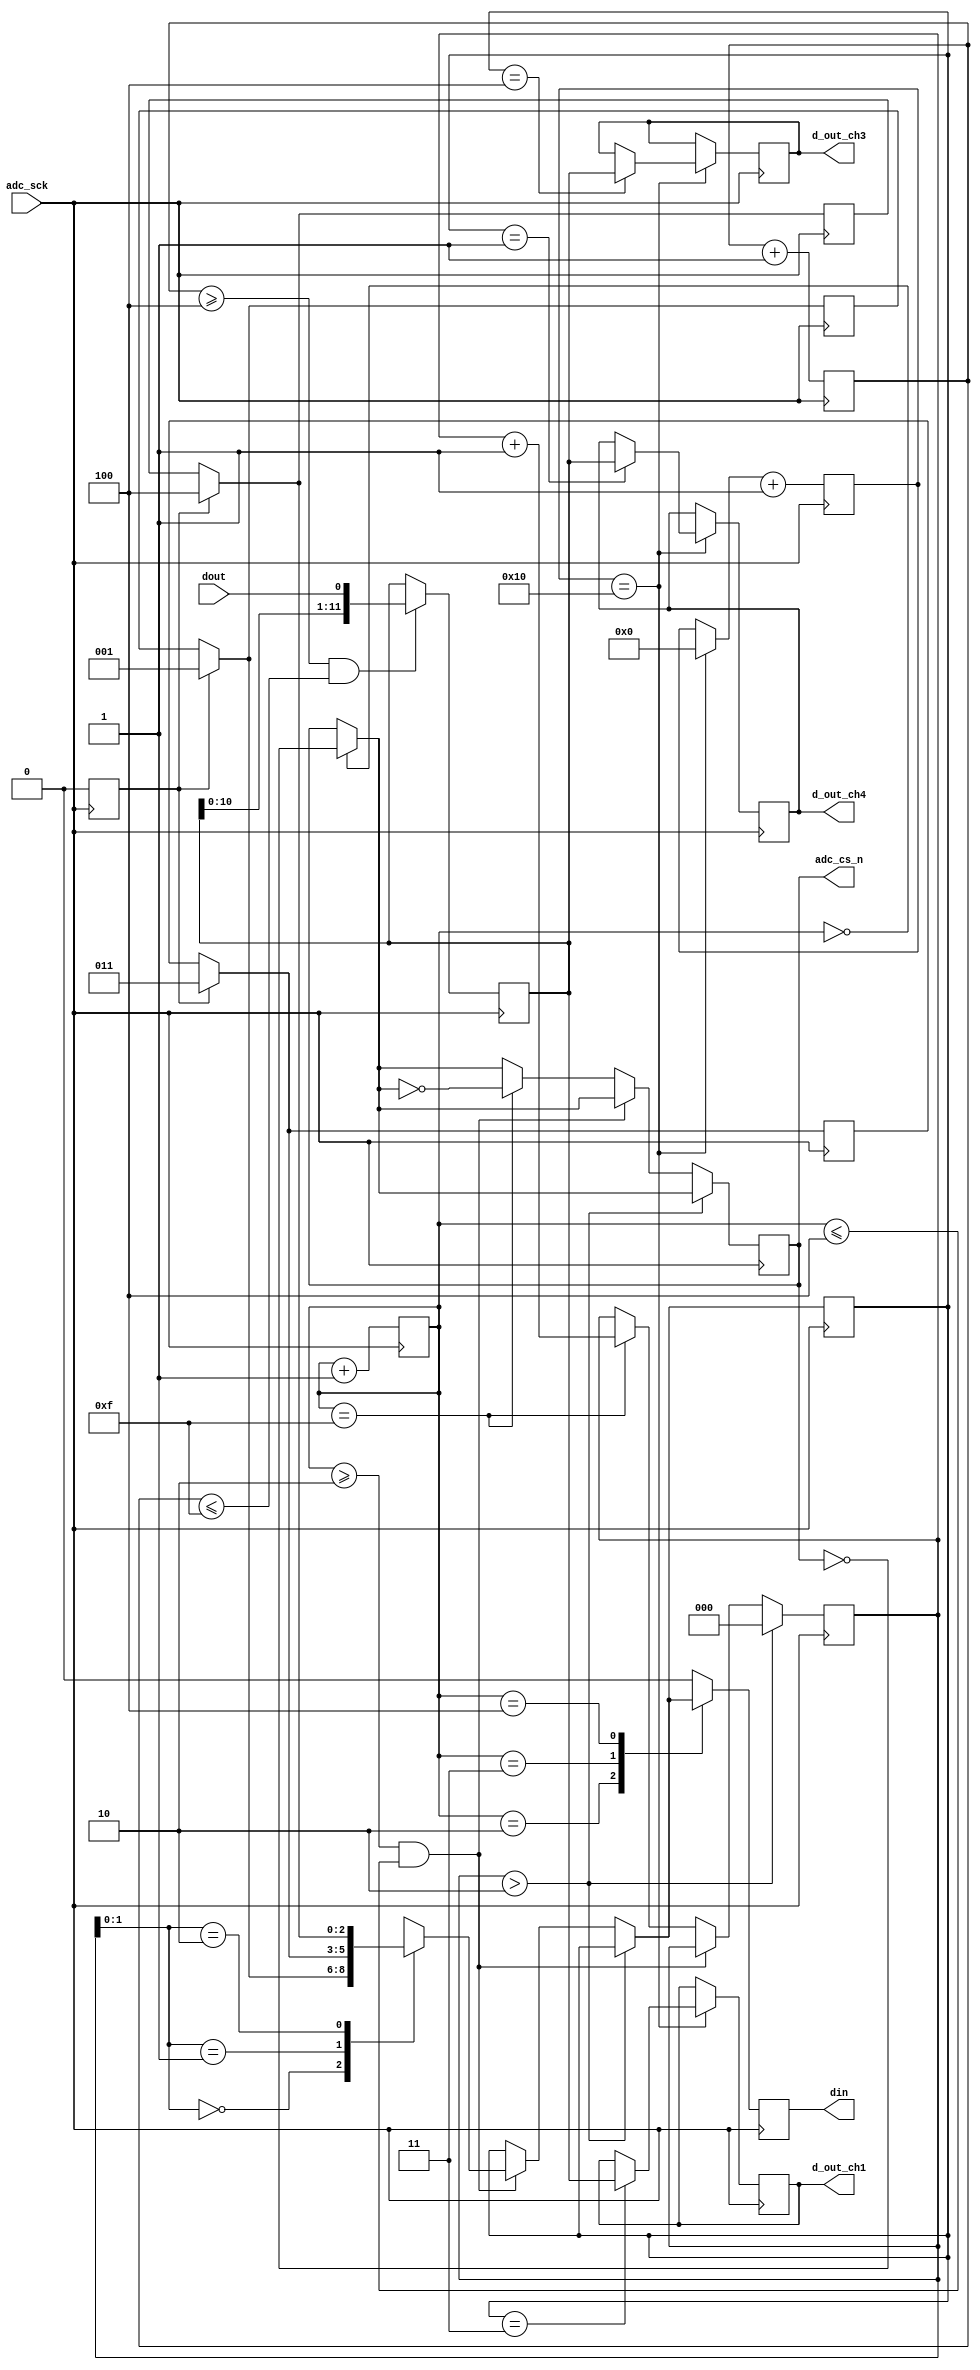
/*
Team Id    : 1118
Author List: Hari Vikinesh M, Kulasekaran S, Jerish Abijith Singh  A S,
             Aryan Vinunath
File Name  : SM_1118_ADC_Control.v
Theme      : Soil Monitoring Bot

Module SM_1118_ADC_Control

This Module controls the built-in 12-bit adc of the de0 Nano board.

This ADC Module is responsible to get analog input values from the
line follower sensor in the appropriate channels.

ADC Control design
Input   :  ac_sck : 3.125MHz Clock
          dout   : digital output from ADC128S022 (serial 12-bit)

Output  :  adc_cs_n : Chip Select, 
          din      : Ch. address input to ADC128S022, 
          d_out_ch1, d_out_ch3, d_out_ch4 : 12-bit output of ch. 1,3 & 4 */

// Module Declaration
module SM_1118_ADC_Control(
    input  dout, adc_sck,
    output adc_cs_n, din,
    output [11:0] d_out_ch1, d_out_ch3, d_out_ch4
);

// Declaring variables
reg[11:0] dout_chx, dout_ch1 = 0, dout_ch3 = 0, dout_ch4 = 0;
reg[4:0] data_counter = 0;
reg[3:0] din_counter = 0, sp_counter = 0;
reg[2:0] channel_select = 0, channel = 0;
reg[2:0] mem1 [0:2];
reg adc_cs = 1, din_temp = 0, init = 1;

always @(negedge adc_sck) begin
    // Initializing Channels for 1, 3, 4 to get input from the line follower sensor
    if(init == 1) begin
        init = 0; mem1[0] = 1; mem1[1] = 3; mem1[2] = 4;
    end

    // Generating digital input signal which holds the analog channel address
    if (din_counter == 0) adc_cs = ~adc_cs;
    if (channel_select > 2) channel_select = 0;
    else if((din_counter >= 2) && (din_counter <= 4)) channel = mem1[channel_select];
    else if(din_counter == 15) begin
            adc_cs = ~adc_cs;
            channel_select = channel_select + 1'b1;
    end
    case(din_counter)
        2: din_temp = channel[2]; 
        3: din_temp = channel[1];
        4: din_temp = channel[0];
        default: din_temp = 0;
    endcase
    din_counter = din_counter + 1'b1;
end

// Serial In Parallel Out Block
always @(posedge adc_sck) begin
    // Reading Serial Values from dout signal,
    // then shifting that values into parallel data
    if(sp_counter >= 4 && sp_counter <=15) begin
        dout_chx = {dout_chx[10:0], dout};
    end
    sp_counter = sp_counter + 1'b1;
end

// Channel Mapping Block
always @(negedge adc_sck) begin
    if(data_counter == 16) begin
        data_counter = 0;
        // Mapping parallel data to appropriate output channels
        case(channel)
            1: dout_ch1 = dout_chx;
            3: dout_ch3 = dout_chx;
            4: dout_ch4 = dout_chx;
        endcase
    end
    data_counter = data_counter + 1'b1;
end

// Assigning Outputs to corresponding Registers
assign adc_cs_n = adc_cs;
assign din = din_temp;
assign d_out_ch1 = dout_ch3;
assign d_out_ch3 = dout_ch4;
assign d_out_ch4 = dout_ch1;

endmodule